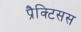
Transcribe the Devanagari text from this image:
प्रैक्टिसस